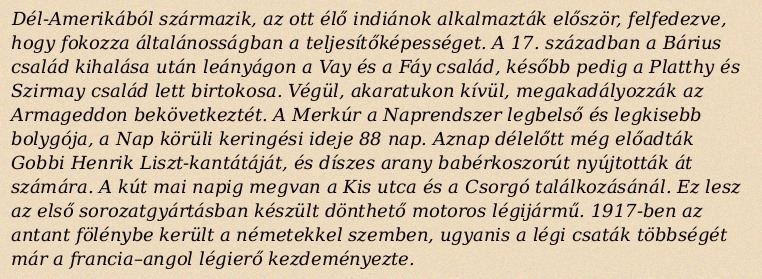
Dél-Amerikából származik, az ott élő indiánok alkalmazták először, felfedezve, hogy fokozza általánosságban a teljesítőképességet. A 17. században a Bárius család kihalása után leányágon a Vay és a Fáy család, később pedig a Platthy és Szirmay család lett birtokosa. Végül, akaratukon kívül, megakadályozzák az Armageddon bekövetkeztét. A Merkúr a Naprendszer legbelső és legkisebb bolygója, a Nap körüli keringési ideje 88 nap. Aznap délelőtt még előadták Gobbi Henrik Liszt-kantátáját, és díszes arany babérkoszorút nyújtották át számára. A kút mai napig megvan a Kis utca és a Csorgó találkozásánál. Ez lesz az első sorozatgyártásban készült dönthető motoros légijármű. 1917-ben az antant fölénybe került a németekkel szemben, ugyanis a légi csaták többségét már a francia–angol légierő kezdeményezte.